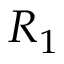
R _ { 1 }